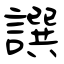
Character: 譔